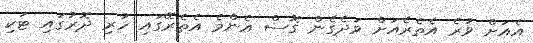
އެއަށް ވުރެ އެތެރެއަށް ވަދެގެން ގޮސް އެންމެ އެތެރޭގައި ހުރި ދޮރުގައި ޓަކި